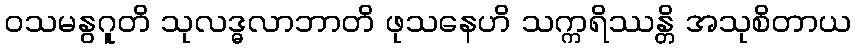
ဝသမနွဂူတိ သုလဒ္ဓလာဘာတိ ဖုသနေဟိ သက္ကရိဿန္တိ အသုစိတာယ